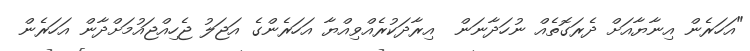
"އަހަރެން އިނާޔާއަށް ދެރަގޮތެއް ނުހަދާނަން  އިރާދަކުރެއްވިއްޔާ އަހަރެންގެ އަޖަލު ޖެހިއްޖައުމަށްދާން އަހަރެން